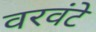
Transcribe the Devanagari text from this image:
वरवंटे